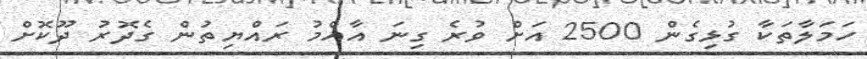
ހަމަލާތަކާ ގުޅިގެން 2500 އަށް ވުރެ ގިނަ އާއްމު ރައްޔިތުން ގެދޮރު ދޫކޮށް